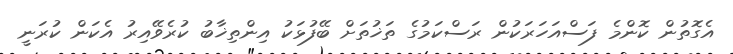
އެގޮތުން ކޮންމެ ފަސްއަހަރަކުން ރަސްކަމުގެ ތަޚުތަށް ބޭފުޅަކު އިންތިޚާބު ކުރެވޭއިރު އެކަން ކުރަނީ